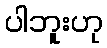
ပါဘူးဟု